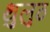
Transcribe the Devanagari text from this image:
थुलुठ